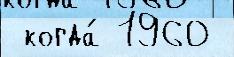
 когда́ 1960